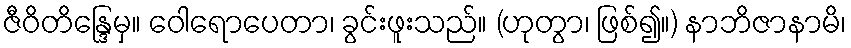
ဇီဝိတိန္ဒြေမှ။ ဝေါရောပေတာ၊ ခွင်းဖူးသည်။ (ဟုတွာ၊ ဖြစ်၍။) နာဘိဇာနာမိ၊